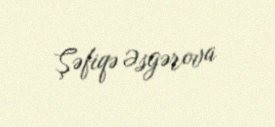
Şəfiqə Əsgərova